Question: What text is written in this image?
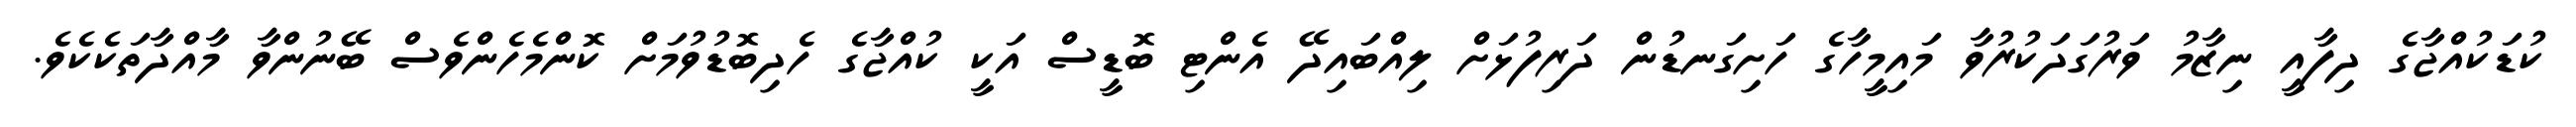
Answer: ކުޑަކުއްޖާގެ ދިފާއީ ނިޒާމު ވަރުގަދަކުރުވާ މައިމީހާގެ ހަށިގަނޑުން ދަރިފުޅަށް ލިއްބައިދޭ އެންޓި ބޮޑީސް އަކީ ކުއްޖާގެ ހެދިބޮޑުވުމަށް ކޮންމެހެންވެސް ބޭނުންވާ މާއްދާތަކެކެވެ.